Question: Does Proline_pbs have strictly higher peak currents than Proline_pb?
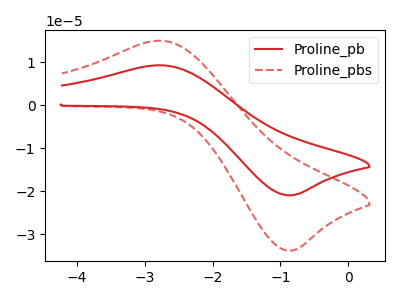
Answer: <think>The red curve "Proline_pb" has an anodic peak at (-2.75V, 9.30uA) and a cathodic peak at (-0.85V, -20.95uA). The red dashed curve "Proline_pbs" has an anodic peak at (-2.75V, 15.00uA) and a cathodic peak at (-0.85V, -33.80uA).</think>
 <answer>Every peak in "Proline_pbs" is higher than every peak in "Proline_pb".</answer>
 <eval>higher</eval>